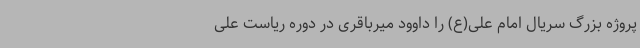
پروژه بزرگ سریال امام علی(ع) را داوود میرباقری در دوره ریاست علی